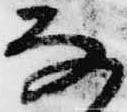
な